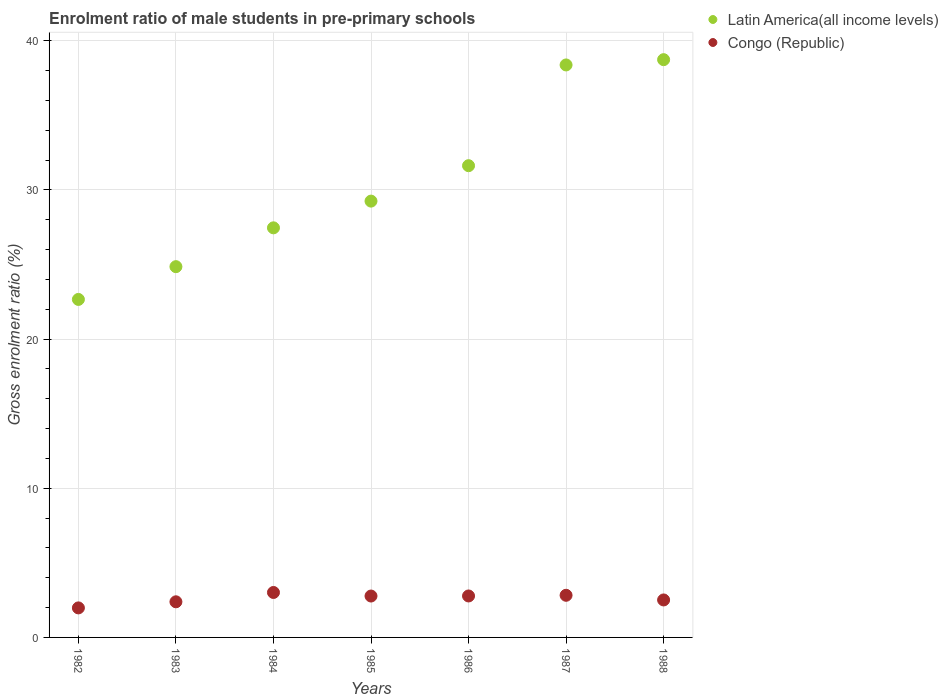
| Years | Latin America(all income levels) | Congo (Republic) |
 | --- | --- | --- |
 | 1982 | 22.7 | 1.98 |
 | 1983 | 24.9 | 2.39 |
 | 1984 | 27.5 | 3.01 |
 | 1985 | 29.3 | 2.78 |
 | 1986 | 31.6 | 2.78 |
 | 1987 | 38.4 | 2.83 |
 | 1988 | 38.7 | 2.51 |